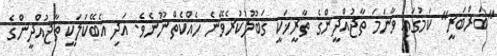
"ބަރްބަރީ" ކަމުގައި ވާނަމަ ތާޖުއްދީންގެ ތާރީޚަކީ ޤަބޫލުކުރެވޭނެ ހެއްކެތްނޫނެވެ. އަދި އެބޭކަލަކީ ތާޖުއްދީންގެ